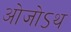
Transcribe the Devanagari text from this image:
ओजोऽथ